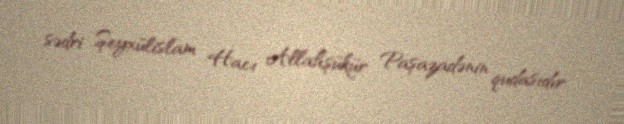
sədri Şeyxülislam Hacı Allahşükür Paşazadənin qudasıdır.